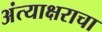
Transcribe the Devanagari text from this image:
अंत्याक्षराचा